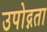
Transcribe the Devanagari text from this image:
उपोद्गता